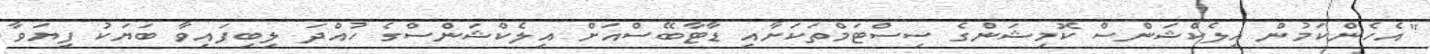
"އެހެންކަމުން އިލެކްޝަންސް ކޮމިޝަންގެ ސިސްޓަމްތަކަށާއި ޑާޓާބޭސްއަށް އިލެކްޝަންސްގެ ހުއްދަ ލިބިފައިވާ ބަޔަކު ފިޔަވާ